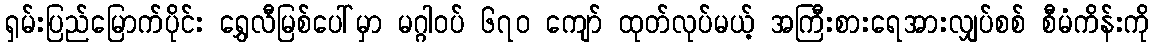
ရှမ်းပြည်မြောက်ပိုင်း ရွှေလီမြစ်ပေါ်မှာ မဂ္ဂါဝပ် ၆၇ဝ ကျော် ထုတ်လုပ်မယ့် အကြီးစားရေအားလျှပ်စစ် စီမံကိန်းကို